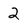
Character: 2